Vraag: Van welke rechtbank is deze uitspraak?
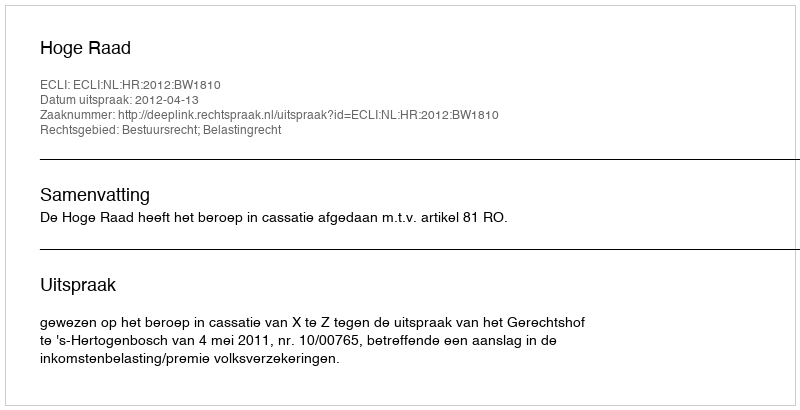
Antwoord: Hoge Raad